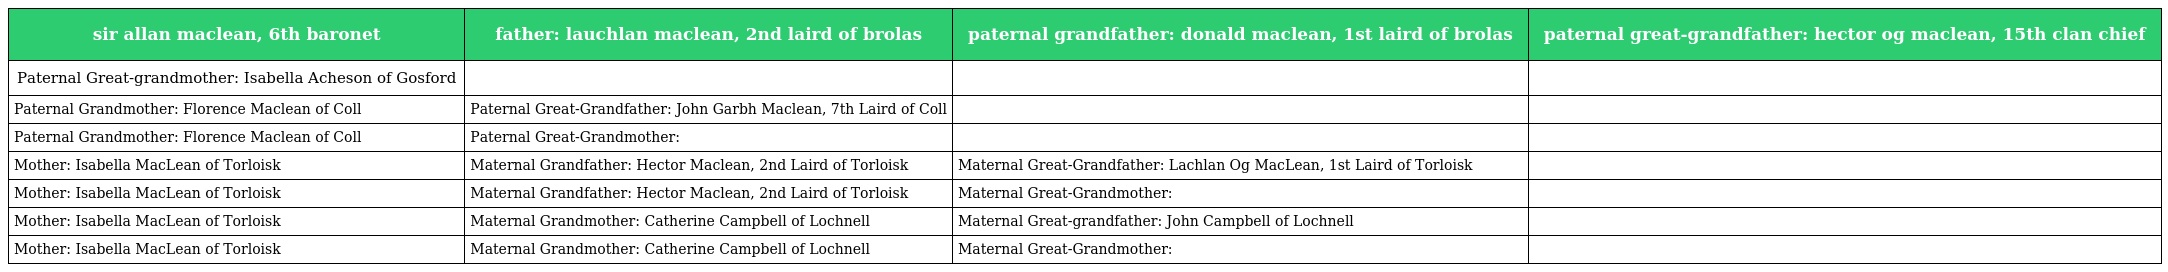
| sir allan maclean, 6th baronet | father: lauchlan maclean, 2nd laird of brolas | paternal grandfather: donald maclean, 1st laird of brolas | paternal great-grandfather: hector og maclean, 15th clan chief |
 | --- | --- | --- | --- |
 | Paternal Great-grandmother: Isabella Acheson of Gosford |  |  |  |
 | Paternal Grandmother: Florence Maclean of Coll | Paternal Great-Grandfather: John Garbh Maclean, 7th Laird of Coll |  |  |
 | Paternal Grandmother: Florence Maclean of Coll | Paternal Great-Grandmother: |  |  |
 | Mother: Isabella MacLean of Torloisk | Maternal Grandfather: Hector Maclean, 2nd Laird of Torloisk | Maternal Great-Grandfather: Lachlan Og MacLean, 1st Laird of Torloisk |  |
 | Mother: Isabella MacLean of Torloisk | Maternal Grandfather: Hector Maclean, 2nd Laird of Torloisk | Maternal Great-Grandmother: |  |
 | Mother: Isabella MacLean of Torloisk | Maternal Grandmother: Catherine Campbell of Lochnell | Maternal Great-grandfather: John Campbell of Lochnell |  |
 | Mother: Isabella MacLean of Torloisk | Maternal Grandmother: Catherine Campbell of Lochnell | Maternal Great-Grandmother: |  |